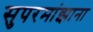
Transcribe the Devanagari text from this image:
सुपरमांझाना